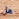
هل